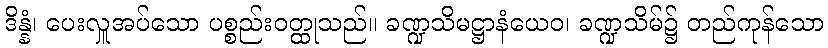
ဒိန္နံ၊ ပေးလှူအပ်သော ပစ္စည်းဝတ္ထုသည်။ ခဏ္ဍသိမဋ္ဌာနံယေဝ၊ ခဏ္ဍသိမ်၌ တည်ကုန်သော